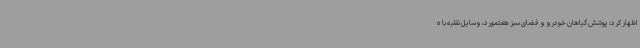
اظهار کرد: پوشش گیاهان خودرو و فضای سبز هفتمورد، وسایل نقلیه با ه